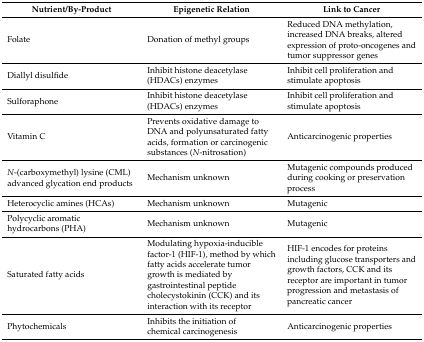
| Nutrient/By-Product | Epigenetic Relation | Link to Cancer |
 | --- | --- | --- |
 | Folate | Donation of methyl groups | Reduced DNA methylation, increased DNA breaks, altered expression of proto-oncogenes and tumor suppressor genes |
 | Diallyl disulfide | Inhibit histone deacetylase (HDACs) enzymes | Inhibit cell proliferation and stimulate apoptosis |
 | Sulforaphone | Inhibit histone deacetylase (HDACs) enzymes | Inhibit cell proliferation and stimulate apoptosis |
 | Vitamin C | Prevents oxidative damage to DNA and polyunsaturated fatty acids, formation or carcinogenic substances (N-nitrosation) | Anticarcinogenic properties |
 | N-(carboxymethyl) lysine (CML) advanced glycation end products | Mechanism unknown | Mutagenic compounds produced during cooking or preservation process |
 | Heterocyclic amines (HCAs) | Mechanism unknown | Mutagenic |
 | Polycyclic aromatic hydrocarbons (PHA) | Mechanism unknown | Mutagenic |
 | Saturated fatty acids | Modulating hypoxia-inducible factor-1 (HIF-1), method by which fatty acids accelerate tumor growth is mediated by gastrointestinal peptide cholecystokinin (CCK) and its interaction with its receptor | HIF-1 encodes for proteins including glucose transporters and growth factors, CCK and its receptor are important in tumor progression and metastasis of pancreatic cancer |
 | Phytochemicals | Inhibits the initiation of chemical carcinogenesis | Anticarcinogenic properties |